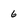
Character: 6